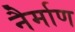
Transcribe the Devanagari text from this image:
नैर्माण